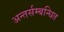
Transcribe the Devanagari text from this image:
अन्तर्सम्बन्धित